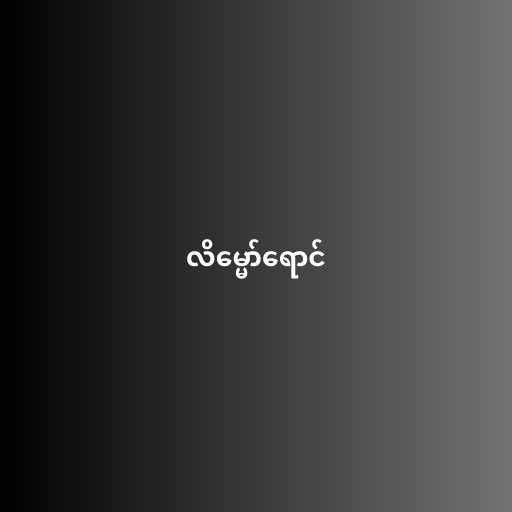
လိမ္မော်ရောင်